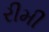
રીમી